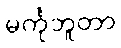
မင်္ကုဘူတာ